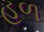
હળ